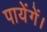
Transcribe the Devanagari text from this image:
पायेंगें।